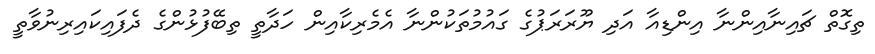
ތިގޮތް ޗައިނާއިންނާ އިންޑިއާ އަދި ޔޫރަރަޕުގެ ގައުމުތަކުންނާ އެމެރިކާއިން ހަދާތީ ތިބޭފުޅުންގެ ދެފައިކައިރިނުވާތީ